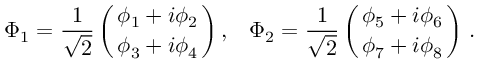
\Phi _ { 1 } = { \frac { 1 } { \sqrt { 2 } } } \left( { { \phi _ { 1 } + i \phi _ { 2 } \atop \phi _ { 3 } + i \phi _ { 4 } } } \right) , \; \; \; \Phi _ { 2 } = { \frac { 1 } { \sqrt { 2 } } } \left( { { \phi _ { 5 } + i \phi _ { 6 } \atop \phi _ { 7 } + i \phi _ { 8 } } } \right) \, .